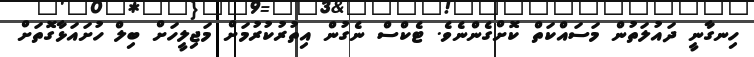
ހިނގާނީ ދައުލަތުން މަސައްކަތް ކޮށްގެންނެވެ. ޓެކްސް ނެގުން އިތުރުކުރުމަށް މަޖިލީހަށް ބިލް ހުށައަޅާގޮތަށް